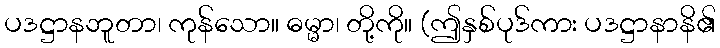
ပဒဋ္ဌာနဘူတာ၊ ကုန်သော။ ဓမ္မာ၊ တို့ကို။ (ဤနှစ်ပုဒ်ကား ပဒဋ္ဌာနာနိ၏